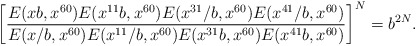
\begin{align*}\left[\frac{E(xb,x^{60})E(x^{11}b,x^{60})E(x^{31}/b,x^{60})E(x^{41}/b,x^{60})}{E(x/b,x^{60})E(x^{11}/b,x^{60})E(x^{31}b,x^{60})E(x^{41}b,x^{60})}\right]^N=b^{2N}.\end{align*}